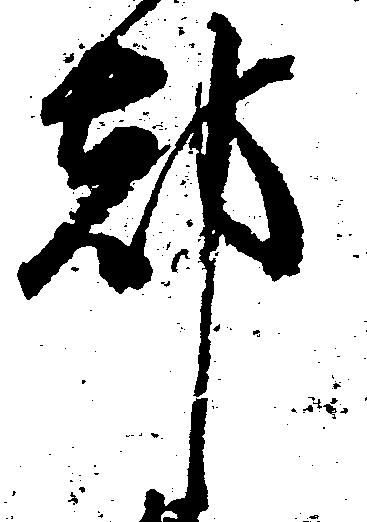
都